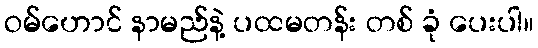
ဝမ်ဟောင် နာမည်နဲ့ ပထမတန်း တစ် ခုံ ပေးပါ။